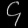
Digit: ၄